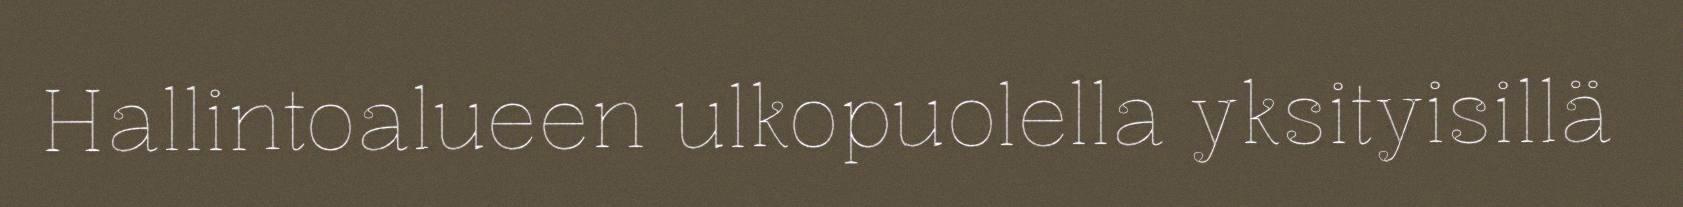
Hallintoalueen ulkopuolella yksityisillä